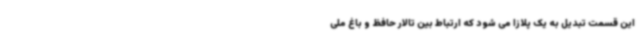
این قسمت تبدیل به یک پلازا می شود که ارتباط بین تالار حافظ و باغ ملی